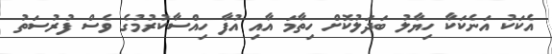
އެކަކު އަނެކަކާ ހިޔާލު ބަދަލުކޮށް ހިތާމަ އާއި އުފާ ހިއްސާކުރުމުގެ ވެސް ފުރުސަތު